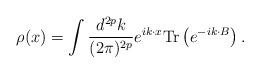
LaTeX: \begin{align*}\rho(x)=\int\frac{d^{2p}k}{(2\pi)^{2p}}e^{ik\cdot x}{\rm Tr}\left(e^{-ik\cdot B}\right).\end{align*}